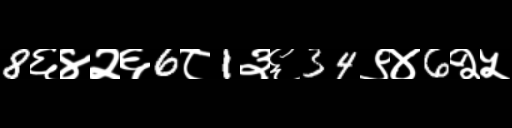
Text: 8६४२६6८1३६34९४6२५